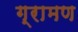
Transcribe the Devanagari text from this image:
ग्रामण